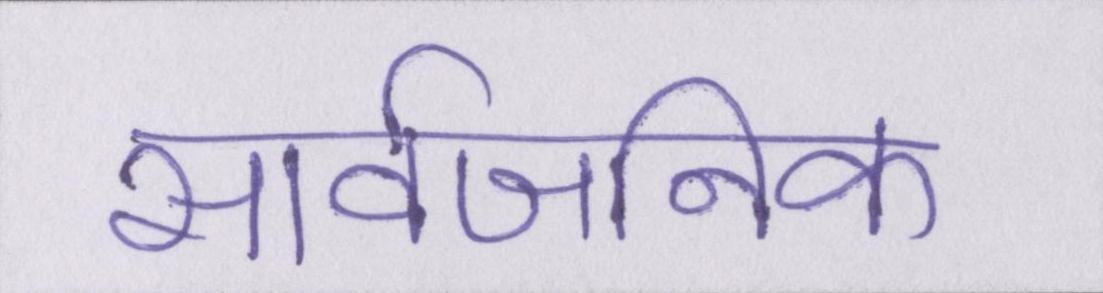
सार्वजनिक